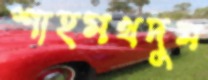
শাহমখদুম